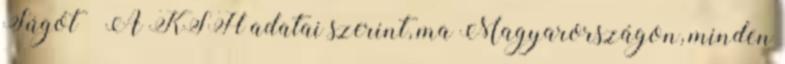
Súgót » A KSH adatai szerint, ma Magyarországon, minden